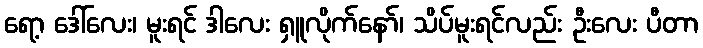
ရော့ ဒေါ်လေး၊ မူးရင် ဒါလေး ရှူလိုက်နော်၊ သိပ်မူးရင်လည်း ဦးလေး ပီတာ